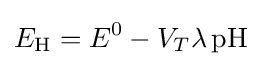
E_{\mathrm {H} }=E^{0}-V_{T}\lambda \,{\mathrm {pH} }